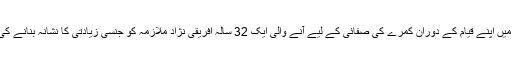
ان پر 'سوفی ٹیل' نامی ہوٹل میں اپنے قیام کے دوران کمرے کی صفائی کے لیے آنے والی ایک 32 سالہ افریقی نژاد ملازمہ کو جنسی زیادتی کا نشانہ بنانے کی کوشش کرنے کا الزام ہے۔